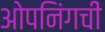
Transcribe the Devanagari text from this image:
ओपनिंगची